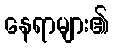
နေရာများ၏